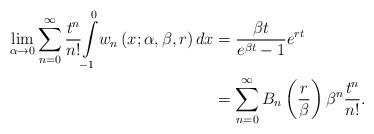
LaTeX: \begin{align*}\underset{\alpha\rightarrow0}{\lim}\sum_{n=0}^{\infty}\frac{t^{n}}{n!}{\displaystyle\int\limits_{-1}^{0}}w_{n}\left( x;\alpha,\beta,r\right) dx & =\frac{\beta t}{e^{\beta t}-1}e^{rt}\\& =\sum_{n=0}^{\infty}B_{n}\left( \frac{r}{\beta}\right) \beta^{n}\frac{t^{n}}{n!}.\end{align*}